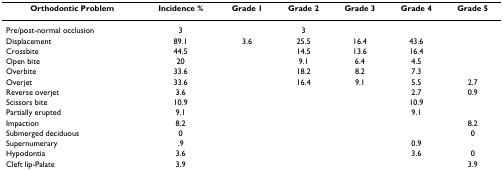
<table><thead><tr><td><b>Orthodontic Problem</b></td><td><b>Incidence %</b></td><td><b>Grade 1</b></td><td><b>Grade 2</b></td><td><b>Grade 3</b></td><td><b>Grade 4</b></td><td><b>Grade 5</b></td></tr></thead><tbody><tr><td>Pre/post-normal occlusion</td><td>3</td><td></td><td>3</td><td></td><td></td><td></td></tr><tr><td>Displacement</td><td>89.1</td><td>3.6</td><td>25.5</td><td>16.4</td><td>43.6</td><td></td></tr><tr><td>Crossbite</td><td>44.5</td><td></td><td>14.5</td><td>13.6</td><td>16.4</td><td></td></tr><tr><td>Open bite</td><td>20</td><td></td><td>9.1</td><td>6.4</td><td>4.5</td><td></td></tr><tr><td>Overbite</td><td>33.6</td><td></td><td>18.2</td><td>8.2</td><td>7.3</td><td></td></tr><tr><td>Overjet</td><td>33.6</td><td></td><td>16.4</td><td>9.1</td><td>5.5</td><td>2.7</td></tr><tr><td>Reverse overjet</td><td>3.6</td><td></td><td></td><td></td><td>2.7</td><td>0.9</td></tr><tr><td>Scissors bite</td><td>10.9</td><td></td><td></td><td></td><td>10.9</td><td></td></tr><tr><td>Partially erupted</td><td>9.1</td><td></td><td></td><td></td><td>9.1</td><td></td></tr><tr><td>Impaction</td><td>8.2</td><td></td><td></td><td></td><td></td><td>8.2</td></tr><tr><td>Submerged deciduous</td><td>0</td><td></td><td></td><td></td><td></td><td>0</td></tr><tr><td>Supernumerary</td><td>.9</td><td></td><td></td><td></td><td>0.9</td><td></td></tr><tr><td>Hypodontia</td><td>3.6</td><td></td><td></td><td></td><td>3.6</td><td>0</td></tr><tr><td>Cleft lip-Palate</td><td>3.9</td><td></td><td></td><td></td><td></td><td>3.9</td></tr></tbody></table>